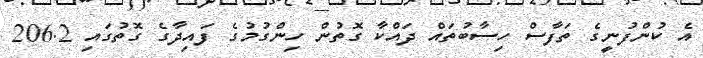
އެ ކުންފުނީގެ ތަފާސް ހިސާބުތައް ދައްކާ ގޮތުން ހިންގުމުގެ ފައިދާގެ ގޮތުގައި 206.2